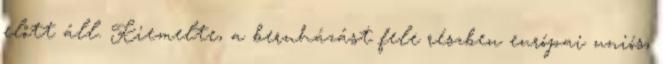
előtt áll. Kiemelte, a beruházást fele részben európai uniós,